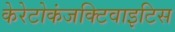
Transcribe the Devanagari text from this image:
केरेटोकंजक्टिवाइटिस